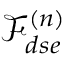
\mathcal { F } _ { d s e } ^ { ( n ) }